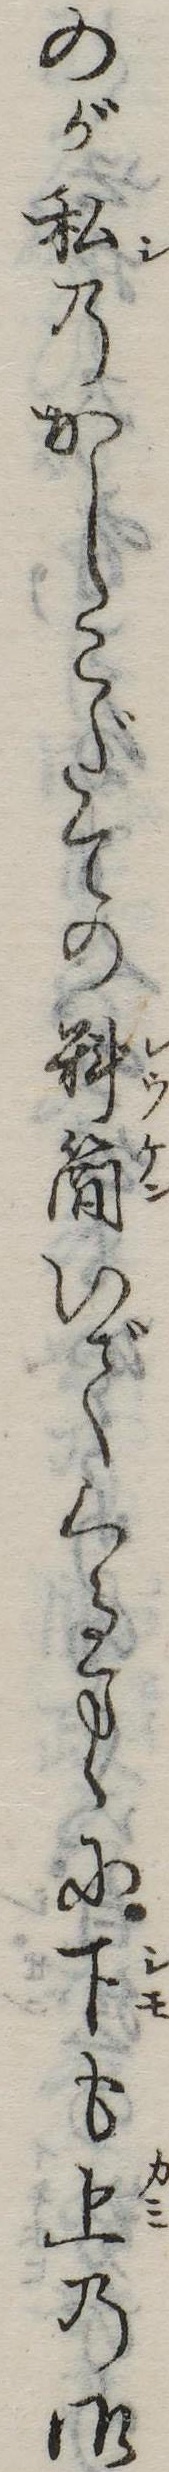
のが私のかしこだての料簡いでくるまゝに下も上の御